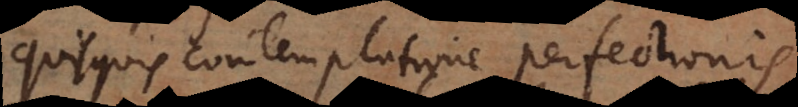
Quisquis contemplatione perfectionis